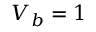
V _ { b } = 1